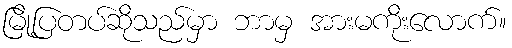
မြို့ပြတပ်ဆိုသည်မှာ ဘာမှ အားမကိုးလောက်။